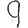
Digit: 9